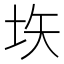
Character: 垁